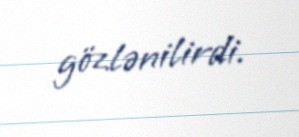
gözlənilirdi.